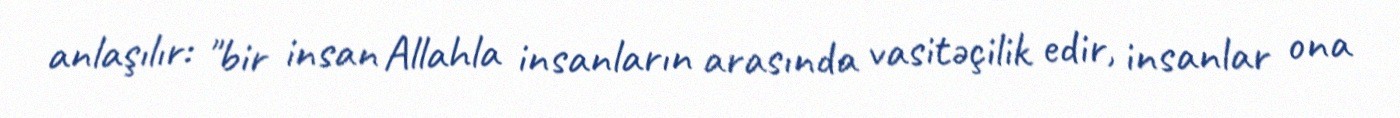
anlaşılır: "bir insan Allahla insanların arasında vasitəçilik edir, insanlar ona